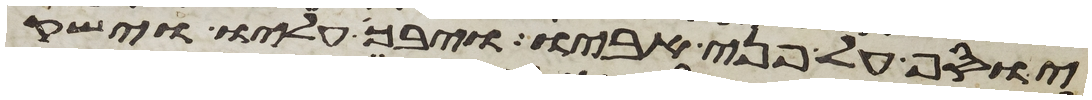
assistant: יוסף על פני אביו ויבך עליו וישק